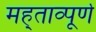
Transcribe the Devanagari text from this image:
मह्ताव्पूर्ण